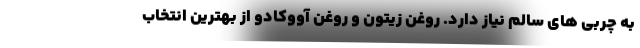
به چربی های سالم نیاز دارد. روغن زیتون و روغن آووکادو از بهترین انتخاب